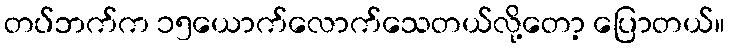
တပ်ဘက်က ၁၅ယောက်လောက်သေတယ်လို့တော့ ပြောတယ်။